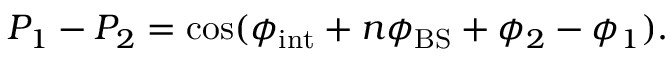
P _ { 1 } - P _ { 2 } = \cos ( \phi _ { \mathrm { i n t } } + n \phi _ { \mathrm { B S } } + \phi _ { 2 } - \phi _ { 1 } ) .